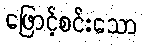
ဖြောင့်စင်းသော